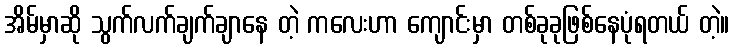
အိမ်မှာဆို သွက်လက်ချက်ချာနေ တဲ့ ကလေးဟာ ကျောင်းမှာ တစ်ခုခုဖြစ်နေပုံရတယ် တဲ့။